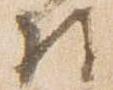
将